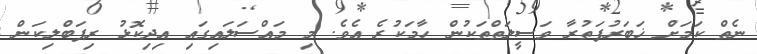
ނެތް ކަމަށް ޚަބަރުފަތުރާ ވަސީލަތްތަކުން ހާމަކުރެ އެވެ. މި މައްސަލައިގައި އިދިކޮޅު ރިޕަބްލިކަން